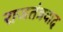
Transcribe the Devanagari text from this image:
राजतंत्रवाद